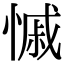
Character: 慽